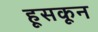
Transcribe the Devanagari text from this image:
हूसकून